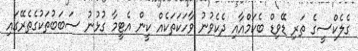
ގެލެކްސީގެ ތަރި ޑޭވިޑް ބެކަމްއާއި ދެކެވުނު ވާހަކަތަކެއް ކީން އެޓީމާ ގުޅުނު ސަބަބުތަކުގެތެރޭގައި